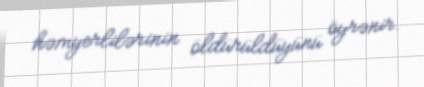
həmyerlilərinin öldürüldüyünü öyrənir.